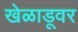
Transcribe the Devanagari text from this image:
खेळाडूवर